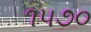
૧૫૭૦